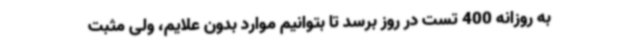
به روزانه 400 تست در روز برسد تا بتوانیم موارد بدون علایم، ولی مثبت